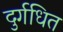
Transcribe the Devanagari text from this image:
दुर्गधित